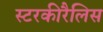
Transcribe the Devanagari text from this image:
स्टरकीरैलिस